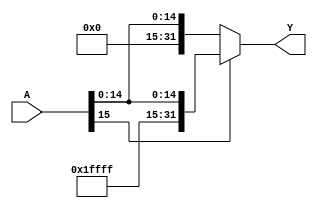
module ExtensorSinal(input [15:0] A, output [31:0]Y);
		assign Y = (A[15]==1'b1) ? {16'hFFFF,A} : {16'h0000,A}; 
endmodule